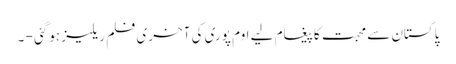
پاکستان سے محبت کا پیغام لیے اوم پوری کی آخری فلم ریلیز ہوگئی - ۔